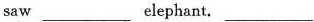
saw___ elephant. ___